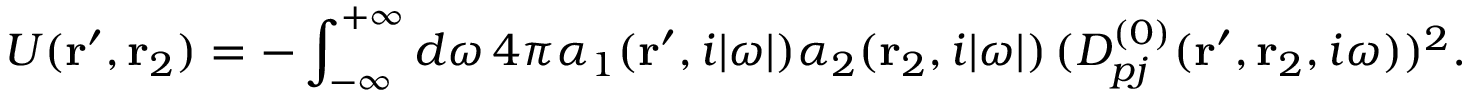
U ( { \bf r } ^ { \prime } , { \bf r } _ { 2 } ) = - \int _ { - \infty } ^ { + \infty } d \omega \, 4 \pi \alpha _ { 1 } ( { \bf r } ^ { \prime } , i | \omega | ) \alpha _ { 2 } ( { \bf r } _ { 2 } , i | \omega | ) \, ( D _ { p j } ^ { ( 0 ) } ( { \bf r } ^ { \prime } , { \bf r } _ { 2 } , i \omega ) ) ^ { 2 } .